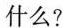
什么?